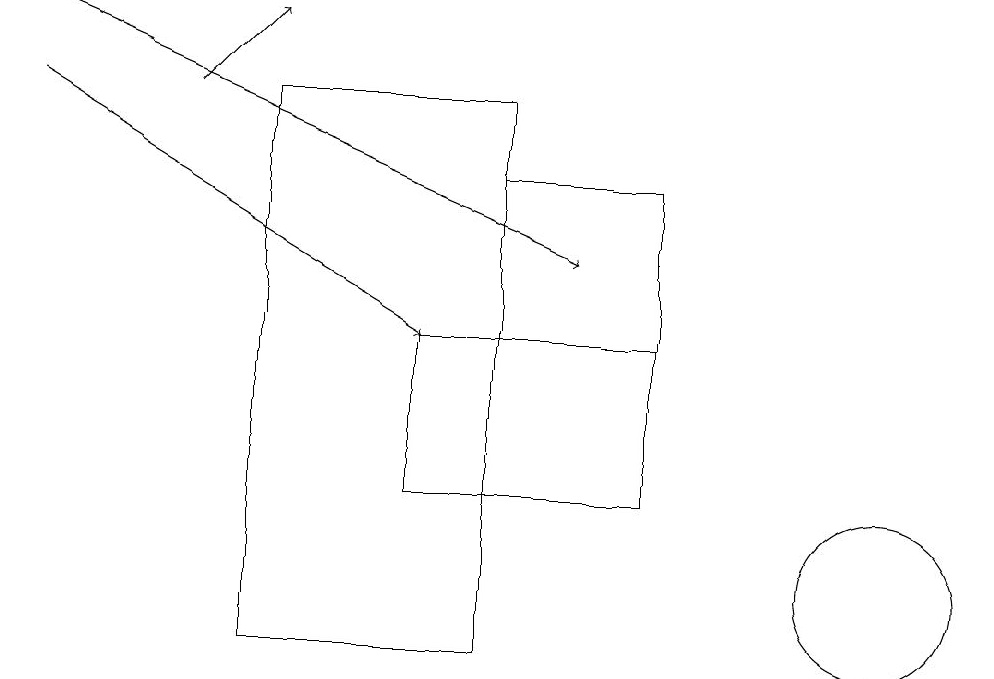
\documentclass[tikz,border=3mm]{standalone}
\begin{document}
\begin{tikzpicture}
\draw (6,17) rectangle (6,11);
\draw (3,10) rectangle (6,17);
\draw[->] (2,17) -- (3,18);
\draw (11,11) circle (1);
\draw (8,16) rectangle (6,14);
\draw[->] (0,17) -- (5,14);
\draw[->] (0,18) -- (7,15);
\draw (8,14) rectangle (5,12);
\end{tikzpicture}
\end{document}